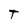
Character: t